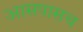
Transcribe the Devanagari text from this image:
आसपासच